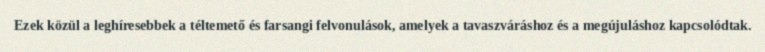
Ezek közül a leghíresebbek a téltemető és farsangi felvonulások, amelyek a tavaszváráshoz és a megújuláshoz kapcsolódtak.